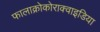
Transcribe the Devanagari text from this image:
फालाक्रोकोराक्वाइडिया